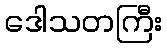
ဒေါသတကြီး